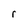
Character: r